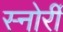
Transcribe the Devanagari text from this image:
स्नोर्री